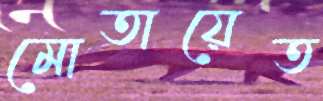
মোতায়েত